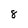
Character: 8